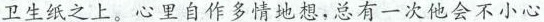
卫生纸之上。心里自作多情地想，总有一次他会不小心